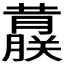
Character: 𬟀